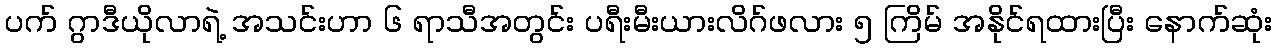
ပက် ဂွာဒီယိုလာရဲ့ အသင်းဟာ ၆ ရာသီအတွင်း ပရီးမီးယားလိဂ်ဖလား ၅ ကြိမ် အနိုင်ရထားပြီး နောက်ဆုံး